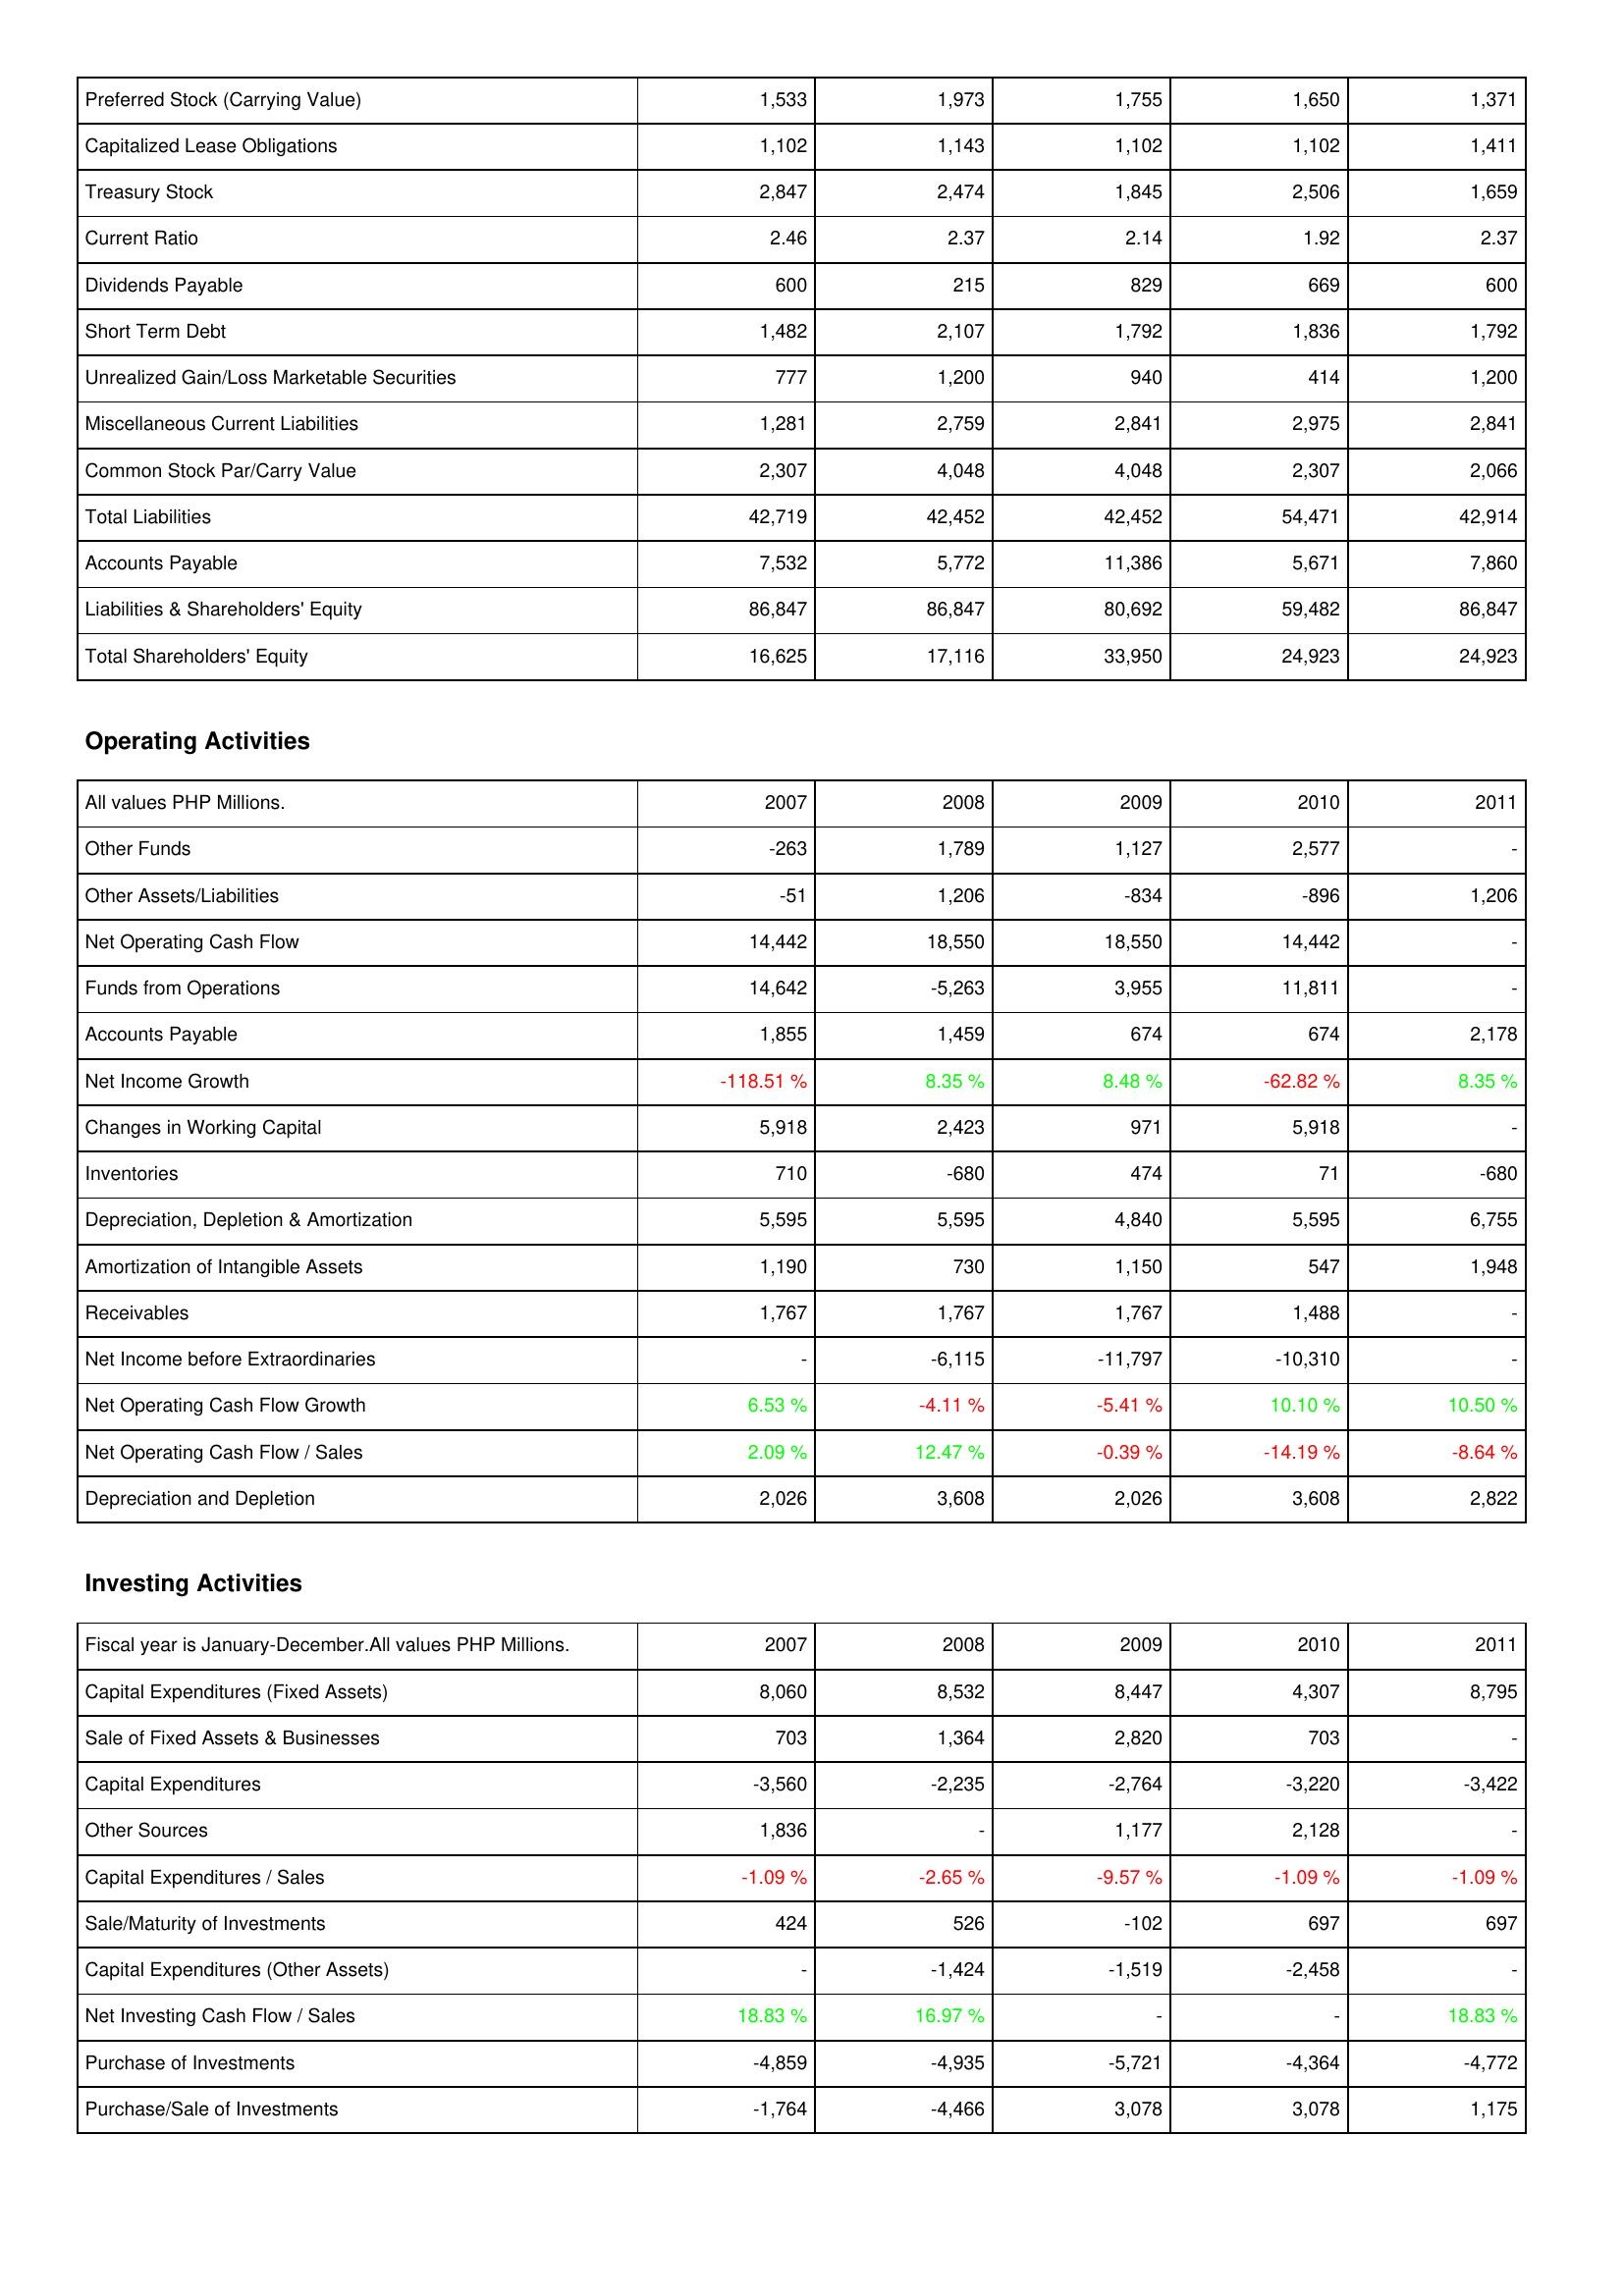
2007: Liabilities & Shareholders' Equity: Preferred Stock (Carrying Value): 1,533
Capitalized Lease Obligations: 1,102
Treasury Stock: 2,847
Current Ratio: 2.46
Dividends Payable: 600
Short Term Debt: 1,482
Unrealized Gain/Loss Marketable Securities: 777
Miscellaneous Current Liabilities: 1,281
Common Stock Par/Carry Value: 2,307
Total Liabilities: 42,719
Accounts Payable: 7,532
Liabilities & Shareholders' Equity: 86,847
Total Shareholders' Equity: 16,625
Operating Activities: Other Funds: -263
Other Assets/Liabilities: -51
Net Operating Cash Flow: 14,442
Funds from Operations: 14,642
Accounts Payable: 1,855
Net Income Growth: -118.51 %
Changes in Working Capital: 5,918
Inventories: 710
Depreciation, Depletion & Amortization: 5,595
Amortization of Intangible Assets: 1,190
Receivables: 1,767
Net Income before Extraordinaries: -
Net Operating Cash Flow Growth: 6.53 %
Net Operating Cash Flow / Sales: 2.09 %
Depreciation and Depletion: 2,026
Investing Activities: Capital Expenditures (Fixed Assets): 8,060
Sale of Fixed Assets & Businesses: 703
Capital Expenditures: -3,560
Other Sources: 1,836
Capital Expenditures / Sales: -1.09 %
Sale/Maturity of Investments: 424
Capital Expenditures (Other Assets): -
Net Investing Cash Flow / Sales: 18.83 %
Purchase of Investments: -4,859
Purchase/Sale of Investments: -1,764
2008: Liabilities & Shareholders' Equity: Preferred Stock (Carrying Value): 1,973
Capitalized Lease Obligations: 1,143
Treasury Stock: 2,474
Current Ratio: 2.37
Dividends Payable: 215
Short Term Debt: 2,107
Unrealized Gain/Loss Marketable Securities: 1,200
Miscellaneous Current Liabilities: 2,759
Common Stock Par/Carry Value: 4,048
Total Liabilities: 42,452
Accounts Payable: 5,772
Liabilities & Shareholders' Equity: 86,847
Total Shareholders' Equity: 17,116
Operating Activities: Other Funds: 1,789
Other Assets/Liabilities: 1,206
Net Operating Cash Flow: 18,550
Funds from Operations: -5,263
Accounts Payable: 1,459
Net Income Growth: 8.35 %
Changes in Working Capital: 2,423
Inventories: -680
Depreciation, Depletion & Amortization: 5,595
Amortization of Intangible Assets: 730
Receivables: 1,767
Net Income before Extraordinaries: -6,115
Net Operating Cash Flow Growth: -4.11 %
Net Operating Cash Flow / Sales: 12.47 %
Depreciation and Depletion: 3,608
Investing Activities: Capital Expenditures (Fixed Assets): 8,532
Sale of Fixed Assets & Businesses: 1,364
Capital Expenditures: -2,235
Other Sources: -
Capital Expenditures / Sales: -2.65 %
Sale/Maturity of Investments: 526
Capital Expenditures (Other Assets): -1,424
Net Investing Cash Flow / Sales: 16.97 %
Purchase of Investments: -4,935
Purchase/Sale of Investments: -4,466
2009: Liabilities & Shareholders' Equity: Preferred Stock (Carrying Value): 1,755
Capitalized Lease Obligations: 1,102
Treasury Stock: 1,845
Current Ratio: 2.14
Dividends Payable: 829
Short Term Debt: 1,792
Unrealized Gain/Loss Marketable Securities: 940
Miscellaneous Current Liabilities: 2,841
Common Stock Par/Carry Value: 4,048
Total Liabilities: 42,452
Accounts Payable: 11,386
Liabilities & Shareholders' Equity: 80,692
Total Shareholders' Equity: 33,950
Operating Activities: Other Funds: 1,127
Other Assets/Liabilities: -834
Net Operating Cash Flow: 18,550
Funds from Operations: 3,955
Accounts Payable: 674
Net Income Growth: 8.48 %
Changes in Working Capital: 971
Inventories: 474
Depreciation, Depletion & Amortization: 4,840
Amortization of Intangible Assets: 1,150
Receivables: 1,767
Net Income before Extraordinaries: -11,797
Net Operating Cash Flow Growth: -5.41 %
Net Operating Cash Flow / Sales: -0.39 %
Depreciation and Depletion: 2,026
Investing Activities: Capital Expenditures (Fixed Assets): 8,447
Sale of Fixed Assets & Businesses: 2,820
Capital Expenditures: -2,764
Other Sources: 1,177
Capital Expenditures / Sales: -9.57 %
Sale/Maturity of Investments: -102
Capital Expenditures (Other Assets): -1,519
Net Investing Cash Flow / Sales: -
Purchase of Investments: -5,721
Purchase/Sale of Investments: 3,078
2010: Liabilities & Shareholders' Equity: Preferred Stock (Carrying Value): 1,650
Capitalized Lease Obligations: 1,102
Treasury Stock: 2,506
Current Ratio: 1.92
Dividends Payable: 669
Short Term Debt: 1,836
Unrealized Gain/Loss Marketable Securities: 414
Miscellaneous Current Liabilities: 2,975
Common Stock Par/Carry Value: 2,307
Total Liabilities: 54,471
Accounts Payable: 5,671
Liabilities & Shareholders' Equity: 59,482
Total Shareholders' Equity: 24,923
Operating Activities: Other Funds: 2,577
Other Assets/Liabilities: -896
Net Operating Cash Flow: 14,442
Funds from Operations: 11,811
Accounts Payable: 674
Net Income Growth: -62.82 %
Changes in Working Capital: 5,918
Inventories: 71
Depreciation, Depletion & Amortization: 5,595
Amortization of Intangible Assets: 547
Receivables: 1,488
Net Income before Extraordinaries: -10,310
Net Operating Cash Flow Growth: 10.10 %
Net Operating Cash Flow / Sales: -14.19 %
Depreciation and Depletion: 3,608
Investing Activities: Capital Expenditures (Fixed Assets): 4,307
Sale of Fixed Assets & Businesses: 703
Capital Expenditures: -3,220
Other Sources: 2,128
Capital Expenditures / Sales: -1.09 %
Sale/Maturity of Investments: 697
Capital Expenditures (Other Assets): -2,458
Net Investing Cash Flow / Sales: -
Purchase of Investments: -4,364
Purchase/Sale of Investments: 3,078
2011: Liabilities & Shareholders' Equity: Preferred Stock (Carrying Value): 1,371
Capitalized Lease Obligations: 1,411
Treasury Stock: 1,659
Current Ratio: 2.37
Dividends Payable: 600
Short Term Debt: 1,792
Unrealized Gain/Loss Marketable Securities: 1,200
Miscellaneous Current Liabilities: 2,841
Common Stock Par/Carry Value: 2,066
Total Liabilities: 42,914
Accounts Payable: 7,860
Liabilities & Shareholders' Equity: 86,847
Total Shareholders' Equity: 24,923
Operating Activities: Other Funds: -
Other Assets/Liabilities: 1,206
Net Operating Cash Flow: -
Funds from Operations: -
Accounts Payable: 2,178
Net Income Growth: 8.35 %
Changes in Working Capital: -
Inventories: -680
Depreciation, Depletion & Amortization: 6,755
Amortization of Intangible Assets: 1,948
Receivables: -
Net Income before Extraordinaries: -
Net Operating Cash Flow Growth: 10.50 %
Net Operating Cash Flow / Sales: -8.64 %
Depreciation and Depletion: 2,822
Investing Activities: Capital Expenditures (Fixed Assets): 8,795
Sale of Fixed Assets & Businesses: -
Capital Expenditures: -3,422
Other Sources: -
Capital Expenditures / Sales: -1.09 %
Sale/Maturity of Investments: 697
Capital Expenditures (Other Assets): -
Net Investing Cash Flow / Sales: 18.83 %
Purchase of Investments: -4,772
Purchase/Sale of Investments: 1,175